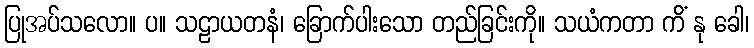
ပြုအပ်သလော။ ပ။ သဠာယတနံ၊ ခြောက်ပါးသော တည်ခြင်းကို။ သယံကတာ ကိံ နု ခေါ၊